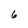
Character: 6